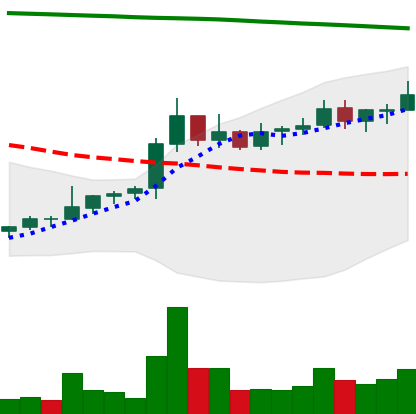
Ticker: NEO-USD
Chart end date: 2021-08-11
Forward return: 15.82%
Label: up_7plus